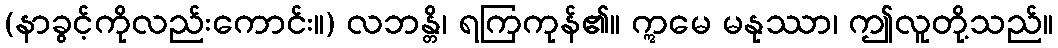
(နာခွင့်ကိုလည်းကောင်း။) လဘန္တိ၊ ရကြကုန်၏။ ဣမေ မနုဿာ၊ ဤလူတို့သည်။